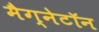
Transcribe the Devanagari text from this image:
मैग्नेटॉन